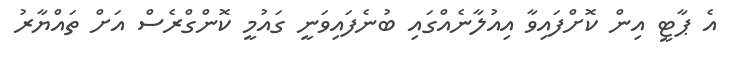
އެ ޕާޓީ އިން ކޮށްފައިވާ އިއުލާނެއްގައި ބުނެފައިވަނީ ގައުމީ ކޮންގްރެސް އަށް ތައްޔާރު